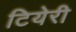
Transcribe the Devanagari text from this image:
टियेरी